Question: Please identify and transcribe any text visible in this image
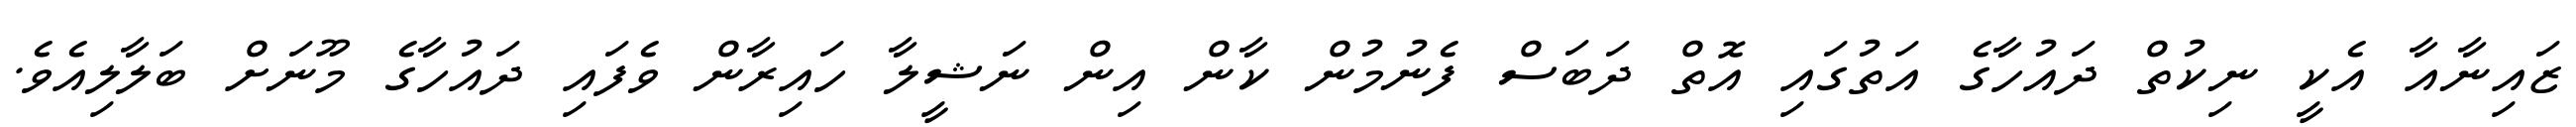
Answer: ޒައިނާއާ އެކީ ނިކުތް ދައުހާގެ އަތުގައި އޮތް ދަބަސް ފެނުމުން ކާން އިން ނަޝީލާ ހައިރާން ވެފައި ދައުހާގެ މޫނަށް ބަލާލިއެވެ.